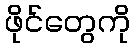
ဖိုင်တွေကို